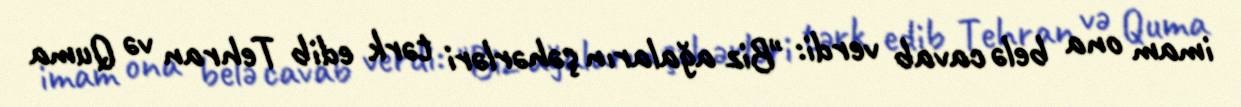
imam ona belə cavab verdi: "Biz ağaların şəhərləri tərk edib Tehran və Quma